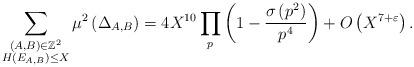
LaTeX: \begin{align*} \sum\limits_{\substack{(A,B)\in \mathbb{Z}^2\\ H(E_{A,B})\le X}} \mu^2\left(\Delta_{A,B}\right)=4X^{10} \prod\limits_{p} \left(1-\frac{\sigma\left(p^2\right)}{p^4}\right) + O\left(X^{7+\varepsilon}\right).\end{align*}